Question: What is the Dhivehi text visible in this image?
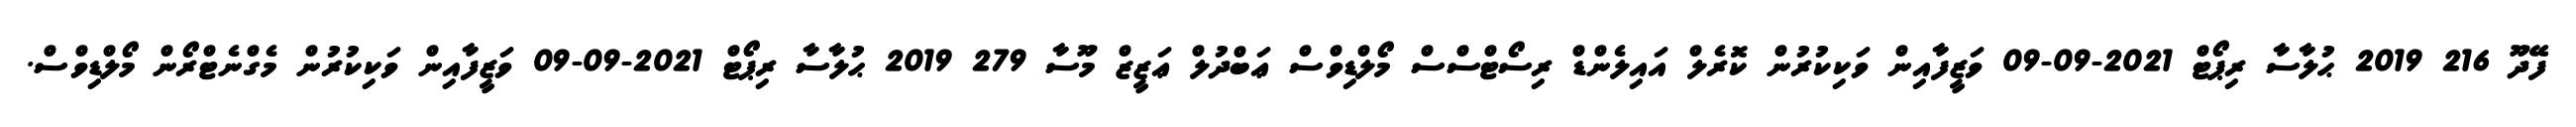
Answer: ފޭދޫ 216 2019 ޙުލާސާ ރިޕޯޓް 2021-09-09 ވަޒީފާއިން ވަކިކުރުން ކޮރެލް އައިލެންޑް ރިސޯޓްސްސް މޯލްޑިވްސް ޢަބްދުލް ޢަޒީޒް މޫސާ 279 2019 ޙުލާސާ ރިޕޯޓް 2021-09-09 ވަޒީފާއިން ވަކިކުރުން މެގްނެޓްރޯން މޯލްޑިވްސް.